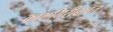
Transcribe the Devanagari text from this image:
कामगिरीबाबत